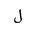
Letter: _lam